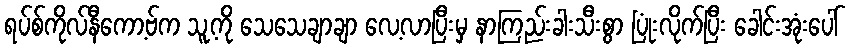
ရပ်စ်ကိုလ်နီကော့ဗ်က သူ့ကို သေသေချာချာ လေ့လာပြီးမှ နာကြည်းခါးသီးစွာ ပြုံးလိုက်ပြီး ခေါင်းအုံးပေါ်